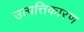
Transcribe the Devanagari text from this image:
उत्पत्तिकारण